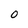
Character: O